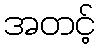
အတင့်